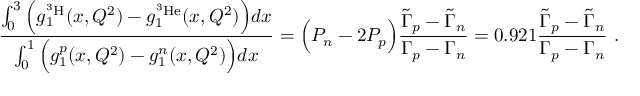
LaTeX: \frac { \int _ { 0 } ^ { 3 } \Big ( g _ { 1 } ^ { ^ 3 \mathrm { H } } ( x , Q ^ { 2 } ) - g _ { 1 } ^ { ^ 3 \mathrm { H e } } ( x , Q ^ { 2 } ) \Big ) d x } { \int _ { 0 } ^ { 1 } \Big ( g _ { 1 } ^ { p } ( x , Q ^ { 2 } ) - g _ { 1 } ^ { n } ( x , Q ^ { 2 } ) \Big ) d x } = \Big ( P _ { n } - 2 P _ { p } \Big ) \frac { \tilde { \Gamma } _ { p } - \tilde { \Gamma } _ { n } } { \Gamma _ { p } - \Gamma _ { n } } = 0 . 9 2 1 \frac { \tilde { \Gamma } _ { p } - \tilde { \Gamma } _ { n } } { \Gamma _ { p } - \Gamma _ { n } } \ .